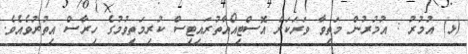
(ޅ) އުމުރު : އުމުރުން މަތިވާ ވަރަކަށް އޮސްޓިއޯއާތުރައިޓިސް ކުރިމަތިވުމުގެ ހިރާސް އިތުރުވެއެވެ.